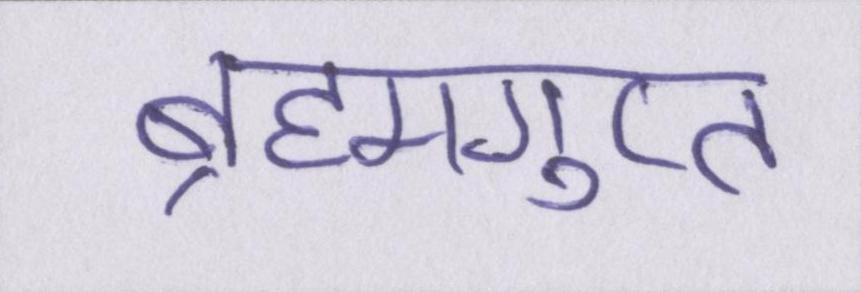
ब्रह्मगुप्त